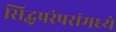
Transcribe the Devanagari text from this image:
सिद्धपरंपरांमध्ये